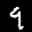
Label: 9